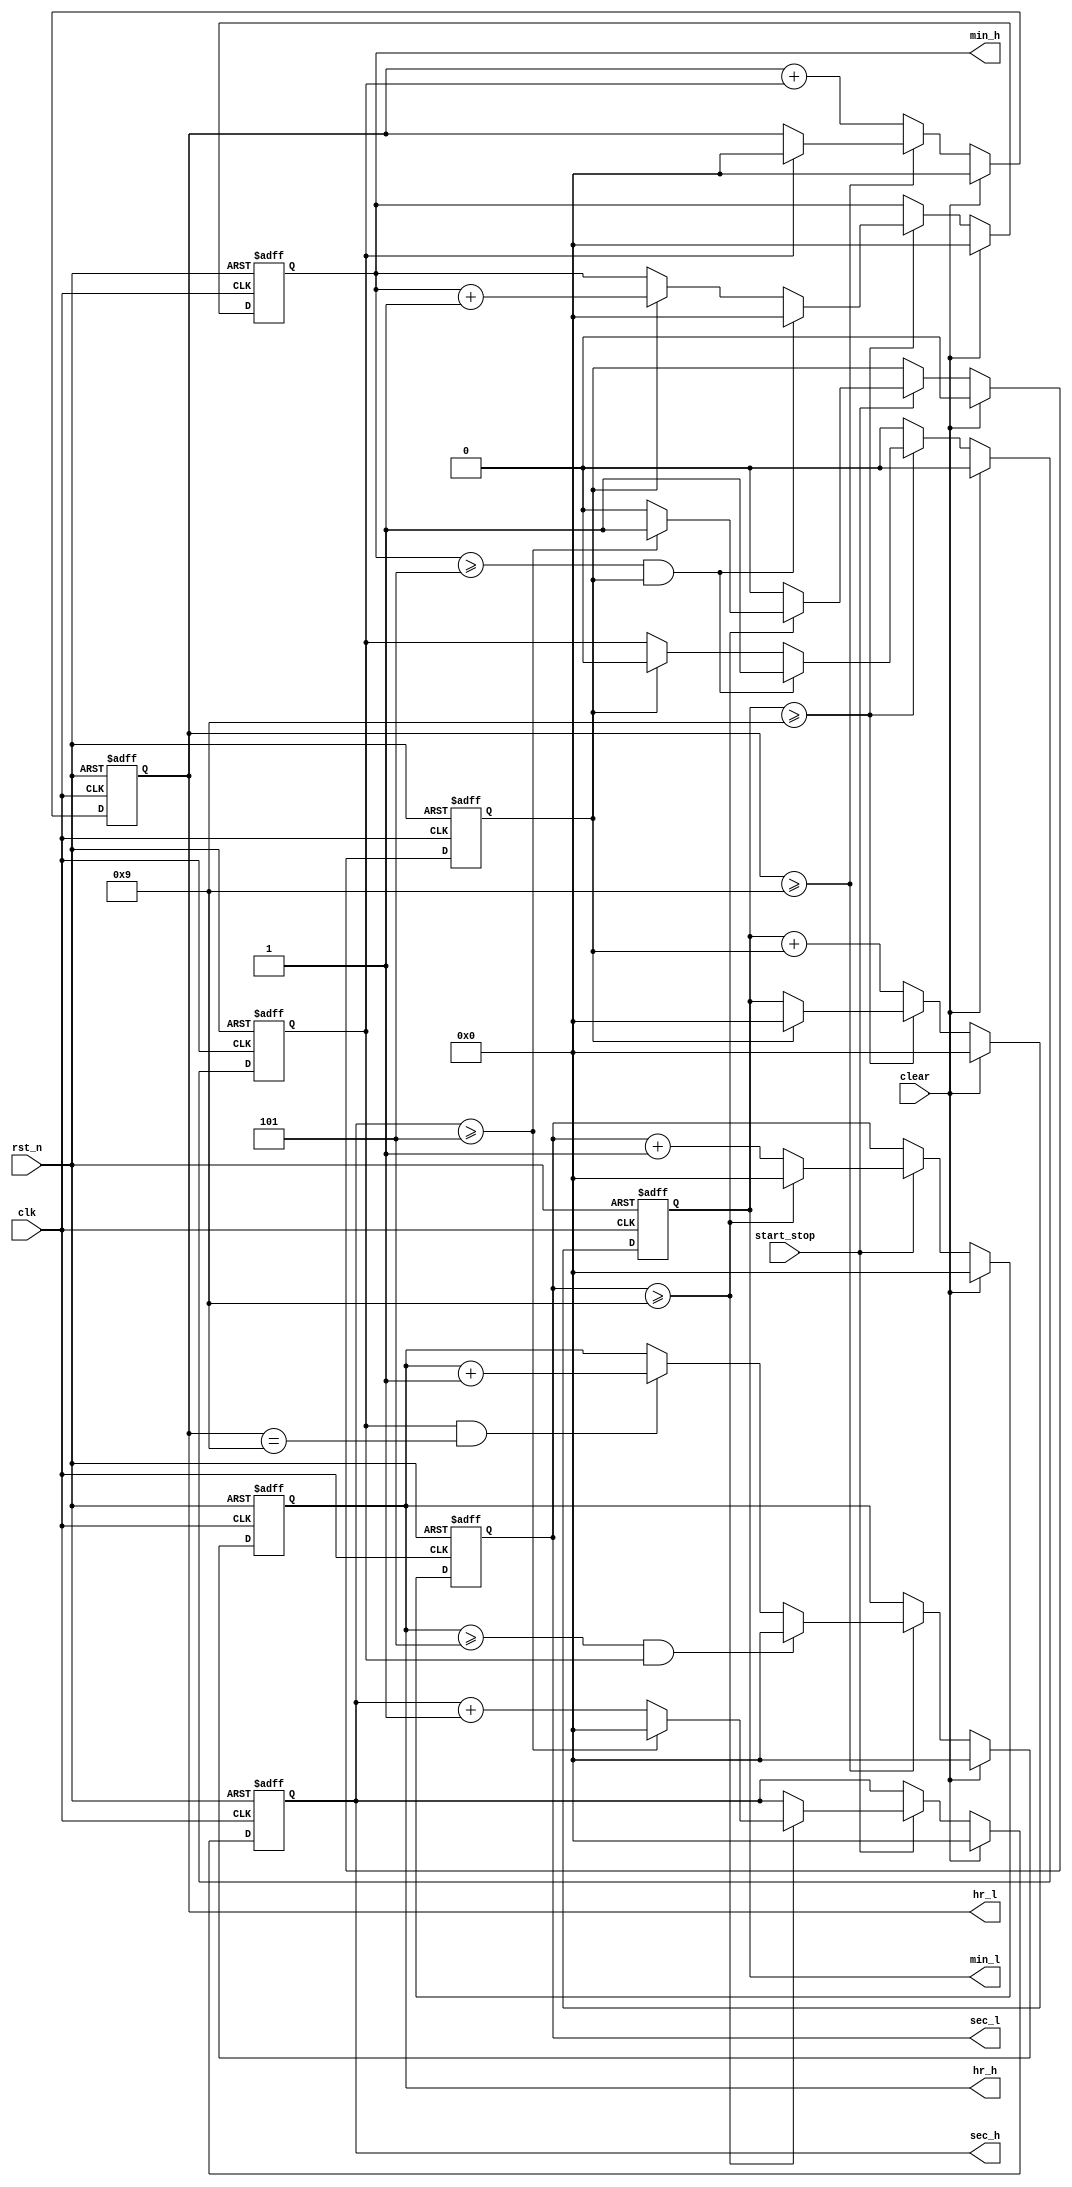
/*
 * @Author: WenJiaBao-2022E8020282071
 * @Date: 2022-10-12 23:40:14
 * @LastEditTime: 2022-10-23 19:57:06
 * @Description: 
 * 
 * Copyright (c) 2022 by WenJiaBao wenjiabao0919@163.com, All Rights Reserved. 
 */
 module watch(
   input             clk,
   input             rst_n,
   input             clear,
   input             start_stop,
   output reg  [3:0] hr_h,
   output reg  [3:0] hr_l,
   output reg  [3:0] min_h,
   output reg  [3:0] min_l,
   output reg  [3:0] sec_h,
   output reg  [3:0] sec_l      
 );
reg sec_cout; 
always @(posedge clk or negedge rst_n) begin
   if (!rst_n)begin
      sec_h <= 4'b0;
      sec_l <= 4'b0;
      sec_cout<=1'd0;
   end else if (clear)begin
      sec_l <= 0;
      sec_h <= 0;
      sec_cout<=1'd0;
   end else if (start_stop)begin
      
      if(sec_l>=4'd9)begin
         sec_l <= 0;
         if(sec_h>=4'd5)begin
            sec_cout<=1'd1;
            sec_h <= 0;
         end else begin
            sec_h <= sec_h +4'd1;
            sec_cout<=1'd0;
         end
      end else begin
         
         sec_h <= sec_h;
         sec_l <= sec_l +4'd1;
         sec_cout<=1'd0;
      end
      
   end else begin
      sec_l <= sec_l;
      sec_h <= sec_h;
      sec_cout<=sec_cout;
   end
end
reg min_cout; 
always @(posedge clk or negedge rst_n) begin
   if (!rst_n)begin
      min_h <= 7'b0;
      min_l <= 7'b0;
      min_cout<=1'd0;
   end else if (clear)begin
      min_l <= 0;
      min_h <= 0;
      min_cout<=1'd0;
   end else begin
      if(min_l>=4'd9)begin
        // $display("%d",min_l);
         if(sec_cout)begin
            min_l <= 0;
         end
         if(min_h>=4'd5&&sec_cout)begin
            min_cout<=1'd1;
            min_h <= 0;
         end else if(sec_cout)begin
            min_h <= min_h +4'd1;
            min_cout<=1'd0;
         end
      end else begin
         min_h <= min_h;
         min_l <= min_l +sec_cout;
         min_cout<=1'd0;
      end
   end
end
reg hr_cout; 
always @(posedge clk or negedge rst_n) begin
   if (!rst_n)begin
      hr_h <= 7'b0;
      hr_l <= 7'b0;
      hr_cout<=1'd0;
   end else if (clear)begin
      hr_l <= 0;
      hr_h <= 0;
      hr_cout<=1'd0;
   end else begin
      if(hr_l>=4'd9)begin
         if(min_cout)begin
            hr_l <= 0;
         end
         if(hr_h>=4'd5&&min_cout)begin
            hr_cout<=1'd1;
            hr_h <= 0;
         end else if(min_cout&&hr_l==4'd9)begin
            hr_h <= hr_h +4'd1;
            hr_cout<=1'd0;
         end
      end else begin
         hr_h <= hr_h;
         hr_l <= hr_l +min_cout;
         hr_cout<=1'd0;
      end
   end
end
endmodule